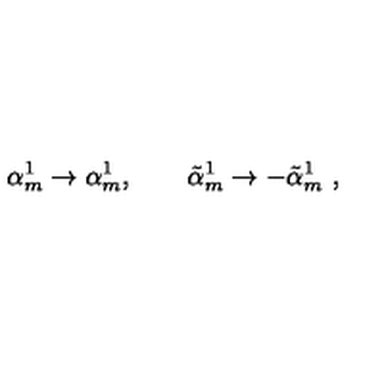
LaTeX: \alpha _ { m } ^ { 1 } \to \alpha _ { m } ^ { 1 } , \qquad \tilde { \alpha } _ { m } ^ { 1 } \to - \tilde { \alpha } _ { m } ^ { 1 } \ ,